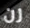
رن